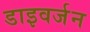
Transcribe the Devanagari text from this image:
डाइवर्जन